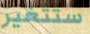
ستتغير